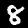
Label: 8